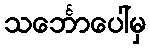
သင်္ဘောပေါ်မှ